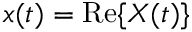
x ( t ) = \operatorname { R e } \{ X ( t ) \}